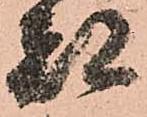
都